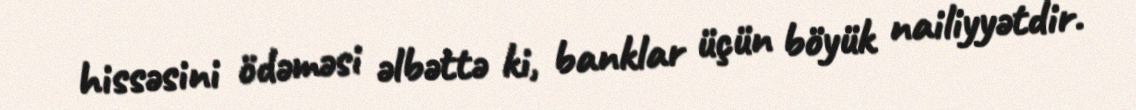
hissəsini ödəməsi əlbəttə ki, banklar üçün böyük nailiyyətdir.